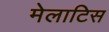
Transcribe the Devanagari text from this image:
मेलाटिस